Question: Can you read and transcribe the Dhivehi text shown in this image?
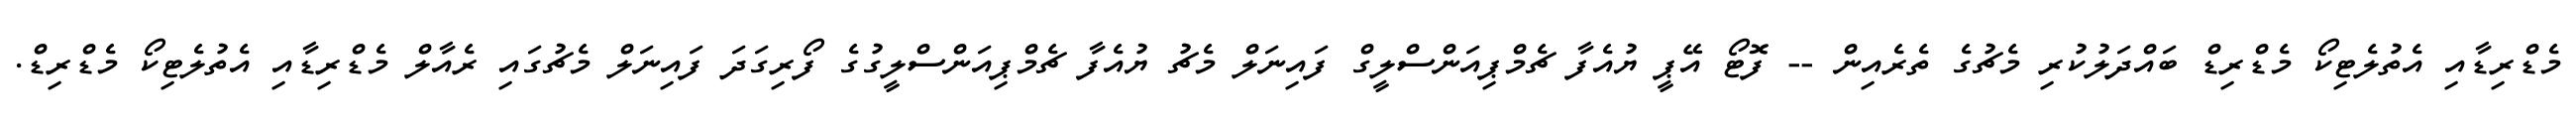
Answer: މެޑްރިޑާއި އެތުލެޓިކޯ މެޑްރިޑް ބައްދަލުކުރި މެޗުގެ ތެރެއިން -- ފޮޓޯ އޭޕީ ޔުއެފާ ޗެމްޕިއަންސްލީގް ފައިނަލް މެޗު ޔުއެފާ ޗެމްޕިއަންސްލީގުގެ ފޯރިގަދަ ފައިނަލް މެޗުގައި ރެއާލް މެޑްރިޑާއި އެތުލެޓިކޯ މެޑްރިޑް.